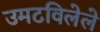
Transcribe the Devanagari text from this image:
उमटविलेले